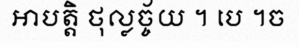
អាបត្តិ ថុល្លច្ច័យ ។ បេ ។ច